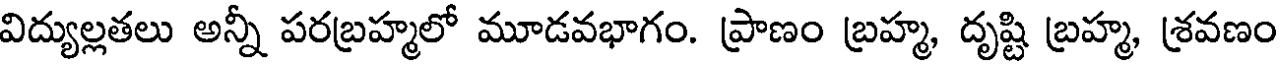
విద్యుల్లతలు అన్నీ పరబ్రహ్మలో మూడవభాగం. ప్రాణం బ్రహ్మ, దృష్టి బ్రహ్మ, శ్రవణం